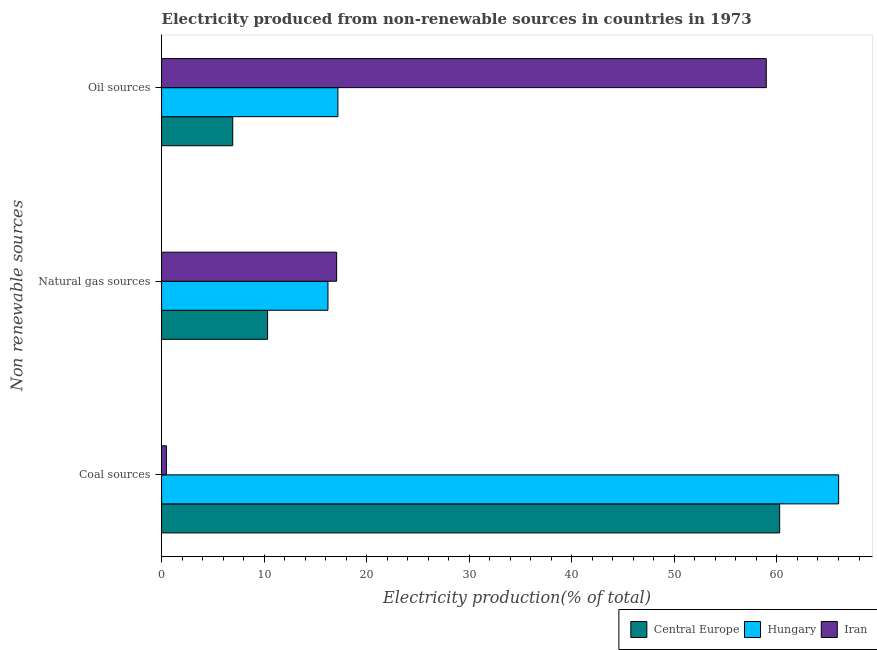
| Non renewable sources | Central Europe | Hungary | Iran |
 | --- | --- | --- | --- |
 | Coal sources | 60.3 | 66 | 0.471 |
 | Natural gas sources | 10.3 | 16.2 | 17.1 |
 | Oil sources | 6.94 | 17.2 | 59 |